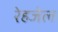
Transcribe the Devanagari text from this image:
रेहजेल